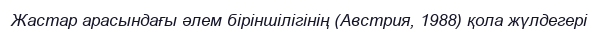
Жастар арасындағы әлем біріншілігінің (Австрия, 1988) қола жүлдегері